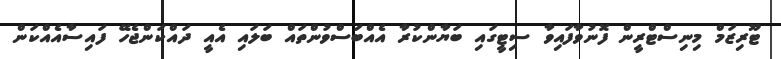
ޓޫރިޒަމް މިނިސްޓްރީން ފޮނުވާފައިވާ ސިޓީގައި ބަޔާންކުރާ އެއްބަސްވުންތައް ބަލައި އެއީ ދައްކަންޖެހޭ ފައިސާއެއްކަން